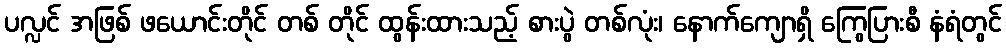
ပလ္လင် အဖြစ် ဖယောင်းတိုင် တစ် တိုင် ထွန်းထားသည့် စားပွဲ တစ်လုံး၊ နောက်ကျောရှိ ကြွေပြားစီ နံရံတွင်